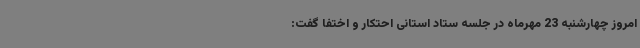
امروز چهارشنبه 23 مهرماه در جلسه ستاد استانی احتکار و اختفا گفت: